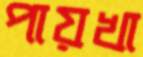
পায়খা